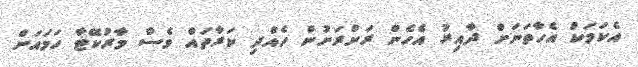
އެކަމަކު އެހާތަނަށް ދާއިރު އެހެން ރަށްރަށުން ހެއްދި ކަރާތައް ވެސް މާރުކޭޓާ ހަމައަށް